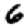
Digit: 6